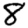
Digit: 8